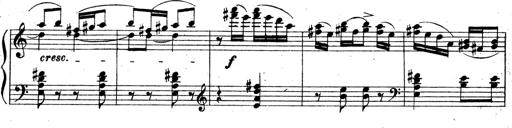
Title: 3 Sonatinas for Piano
Composer: Vissarion Shebalin